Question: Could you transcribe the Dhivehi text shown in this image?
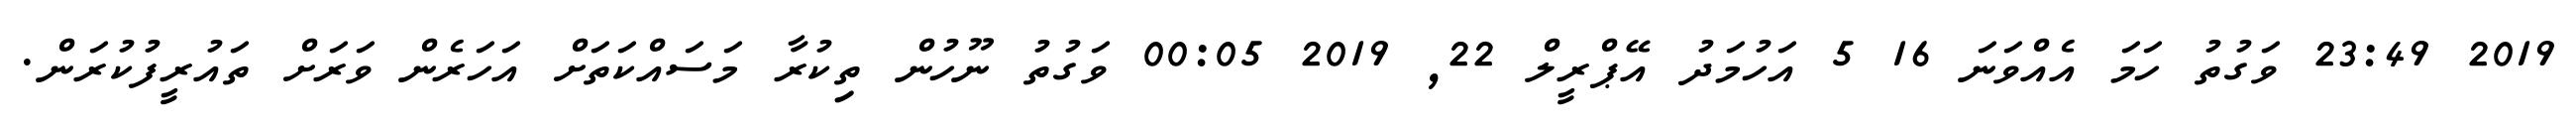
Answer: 2019 23:49 ވަގުތު ހަމަ އެއްވަނަ 16 5 އަހުމަދު އޭޕްރީލް 22, 2019 00:05 ވަގުތު ނޫހުން ތިކުރާ މަސައްކަތަށް އަހަރެން ވަރަށް ތައުރީފުކުރަން.